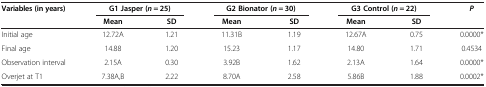
<table><thead><tr><td rowspan="2"><b>Variables (in years)</b></td><td colspan="2"><b>G1 Jasper (<i>n</i> = 25)</b></td><td colspan="2"><b>G2 Bionator (<i>n</i> = 30)</b></td><td colspan="2"><b>G3 Control (<i>n</i> = 22)</b></td><td rowspan="2"><b><i>P</i></b></td></tr><tr><td><b>Mean</b></td><td><b>SD</b></td><td><b>Mean</b></td><td><b>SD</b></td><td><b>Mean</b></td><td><b>SD</b></td></tr></thead><tbody><tr><td>Initial age</td><td>12.72A</td><td>1.21</td><td>11.31B</td><td>1.19</td><td>12.67A</td><td>0.75</td><td>0.0000*</td></tr><tr><td>Final age</td><td>14.88</td><td>1.20</td><td>15.23</td><td>1.17</td><td>14.80</td><td>1.71</td><td>0.4534</td></tr><tr><td>Observation interval</td><td>2.15A</td><td>0.30</td><td>3.92B</td><td>1.62</td><td>2.13A</td><td>1.64</td><td>0.0000*</td></tr><tr><td>Overjet at T1</td><td>7.38A,B</td><td>2.22</td><td>8.70A</td><td>2.58</td><td>5.86B</td><td>1.88</td><td>0.0002*</td></tr></tbody></table>